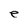
Character: e